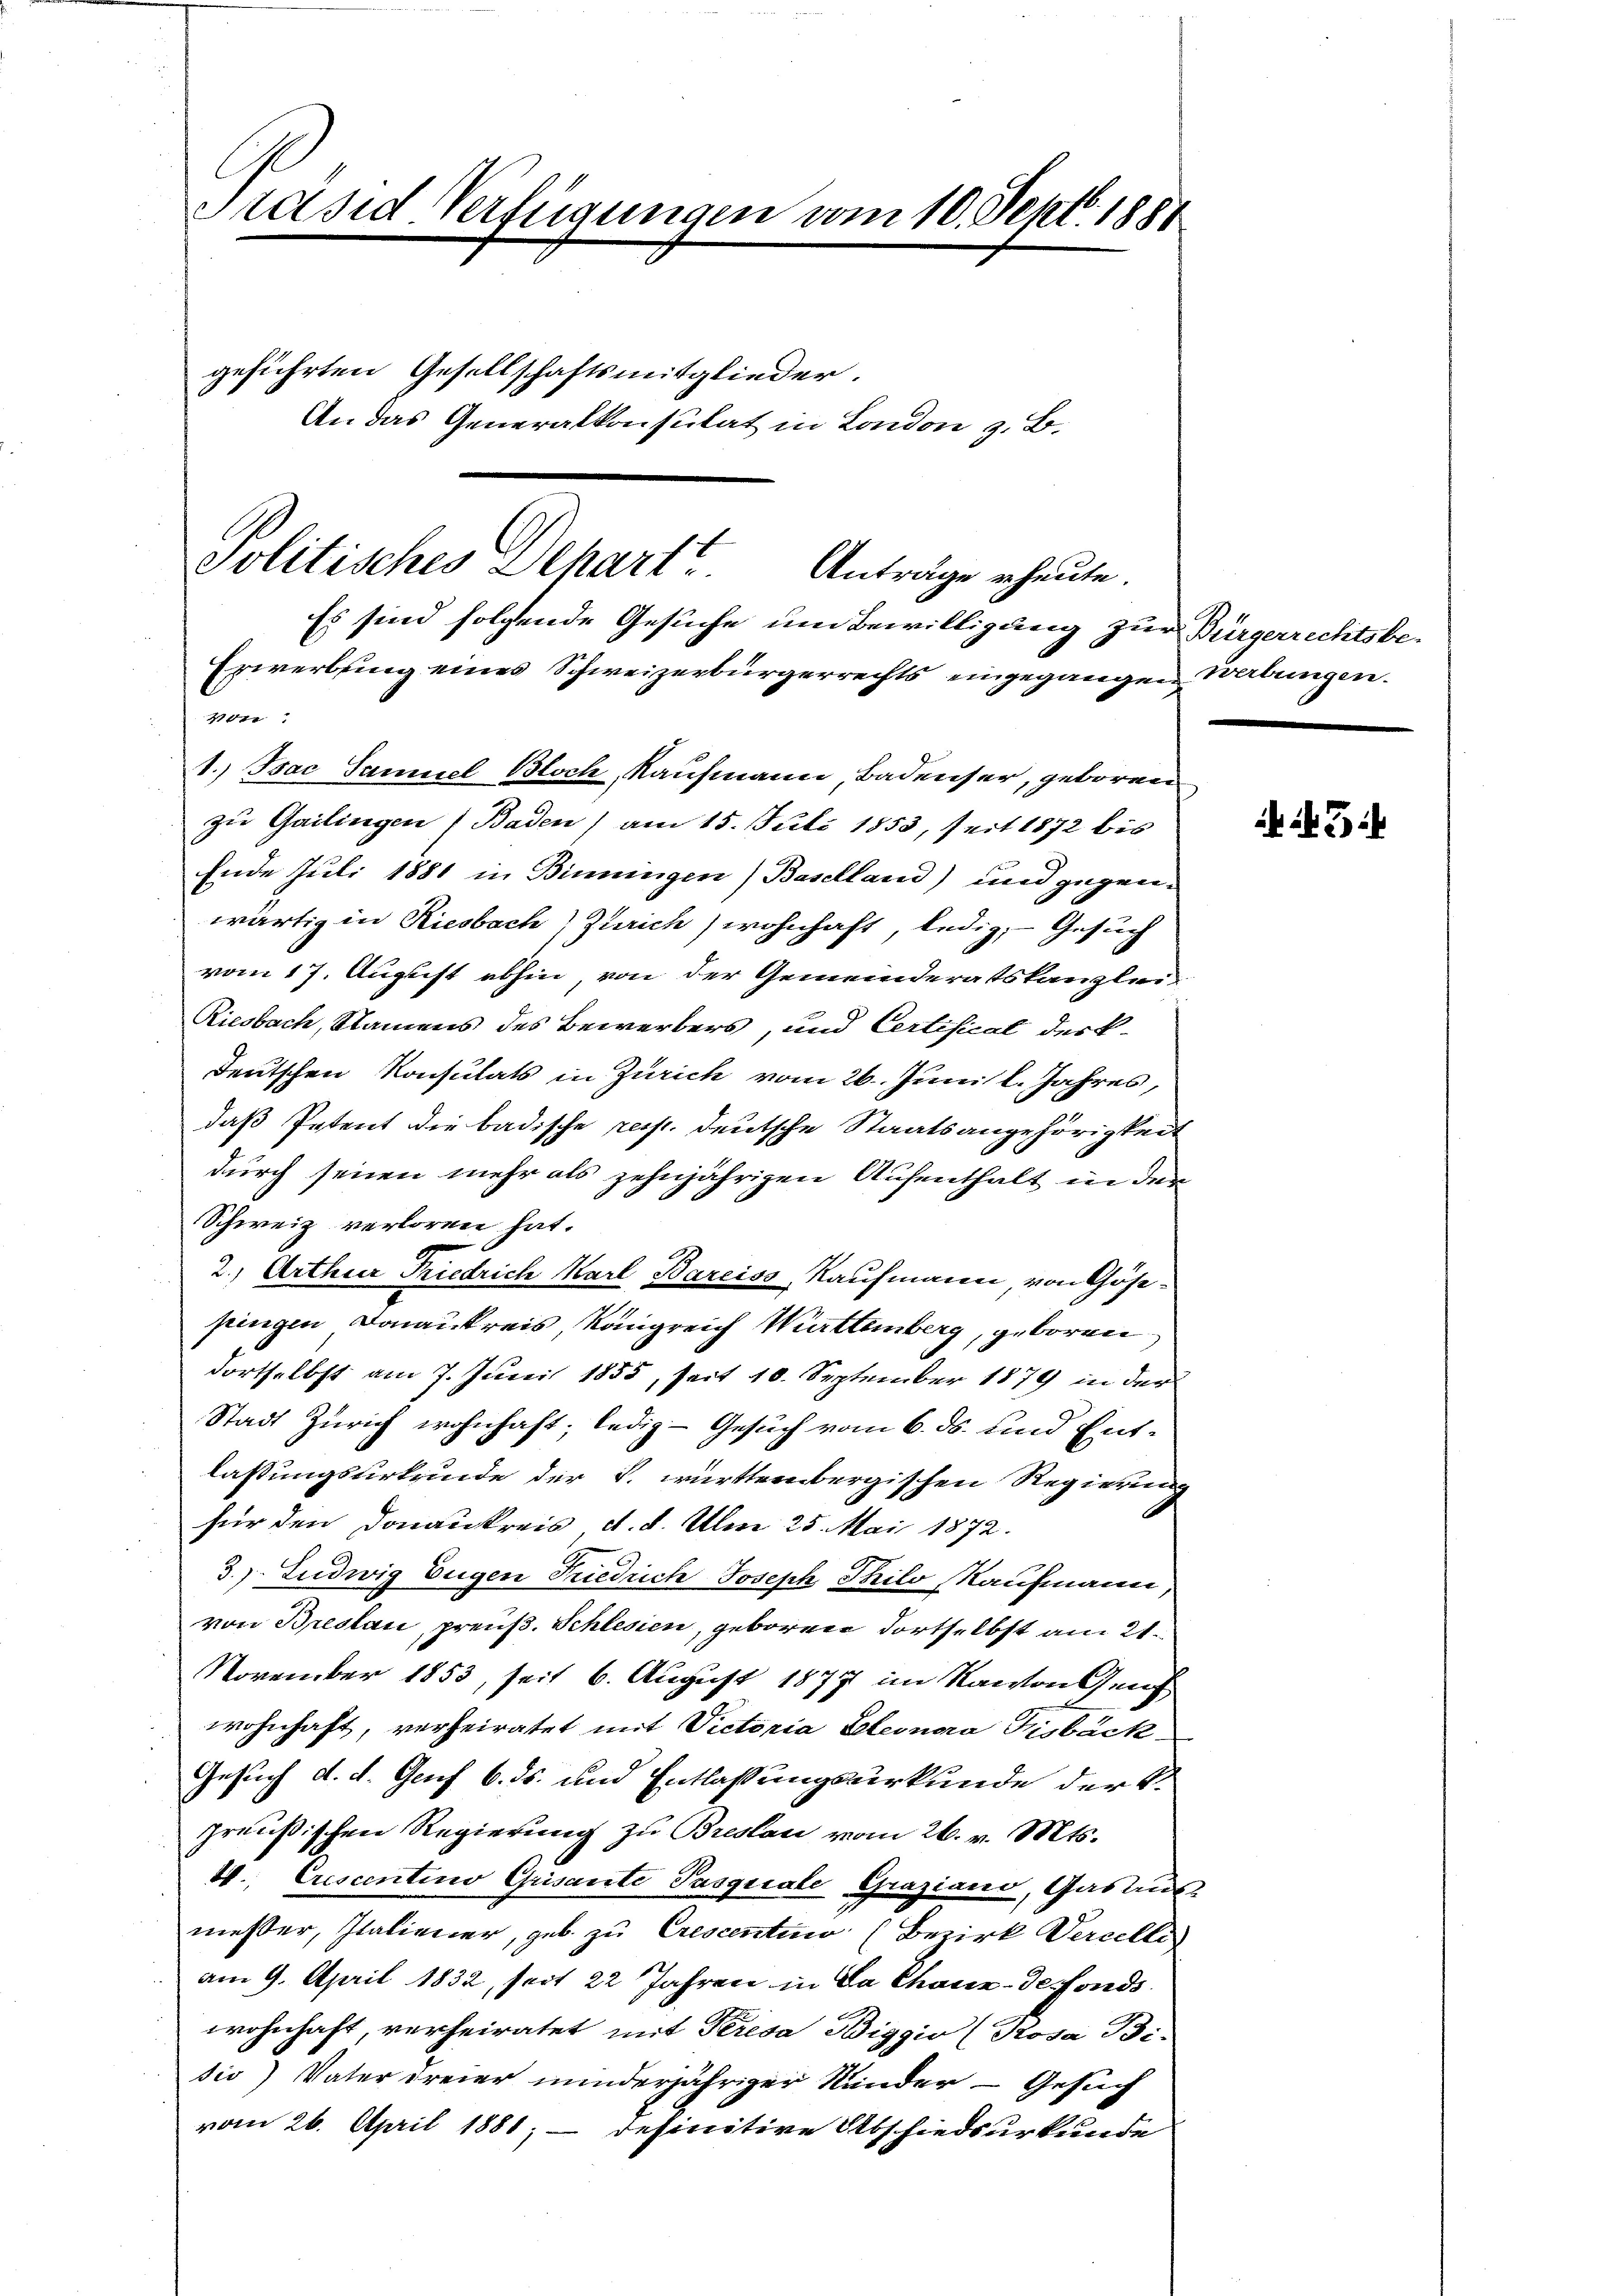
Präsid Verfügungen vom 10. Sept. 1881

geführten Gesellschaftsmitglieder.
An das Generalkonsulat in London z. B.

Politisches Depart? Anträge heute.
Es sind folgende Gesuche um Bewilligung zur Bürgerrechtsbe¬

Erwerbung eines Schweizerbürgerrechts eingegangen Wabungen.
um
1.) Isac Samuel Bloch, Kaufmann, Badenser, geboren
zu Gailingen (Baden) am 15. Juli 1853, seit 1872 bis
Ende Juli 1881 in Binningen) Baselland) und gegenwärtig in Riesbach) Zürich) wohnhaft, ledig, Gesuch
vom 17. August abhin von der Gemeinderatskanzlei
Riesbach, Namens des Bewerbers, und Certisical der k.
deutschen Konsulats in Zürich vom 26. Juni l. Jahres,
daß Petent die badische resp. deutsche Staatsangehörigkeit
durch seinen mehr als zehnjährigen Aufenthalt in der
Schweiz verloren hat.
2., Arthur Friedrich Karl Bareiss, Kaufmann, von Gösepingen Donaukreis, Rangreich Württemberg, geboren
dortselbst am 7. Juni 1855, seit 10. September 1879 in der
Stadt Zürich wohnhaft, ledig- Gesuch vom 6. ds. und Entlassungsurkunde der S. württernbergischen Regierung
für den Donaukreis d. d. Um 25. Mai 1872.
3.) Ludwig Eugen Friedrich Joseph Thilo Kaufmann,
von Breslau, preuß. Schlesien, geboren dortselbst am 21.
November 1853, seit 6. August 1877 im Kanton Genf
wohnhaft, verheiratet mit Victoria Eleonora Fisbäck
Gesuch d. d. Genf 6. ds. und Entlassungsurkunde der k.
preußischen Regierung zu Breslau vom 26. v. Mts.
4. Crescentino Grisante Pasquale Graziano, Gasausmesser, Italiener, geb. zu Crescentin (Bezirk Percelle
am 9. April 1832, seit 22 Jahren in Da Chaux-defonds
wohnhaft, verheiratet mit Peresa Biggio (Rosa Bi-
sio) Vater dreier minderjähriger Kunder - Gesuch
vom 26. April 1881; — definitive Abschiedsurkunde